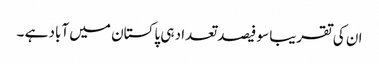
ان کی تقریبا سو فیصد تعداد ہی پاکستان میں آباد ہے ۔